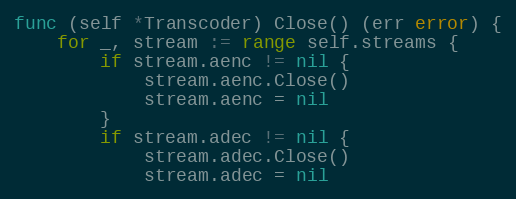
Language: Go
func (self *Transcoder) Close() (err error) {
	for _, stream := range self.streams {
		if stream.aenc != nil {
			stream.aenc.Close()
			stream.aenc = nil
		}
		if stream.adec != nil {
			stream.adec.Close()
			stream.adec = nil